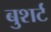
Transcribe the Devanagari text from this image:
बुशर्ट